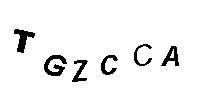
TGZCCA